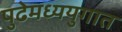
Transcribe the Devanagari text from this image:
पुढेमध्ययुगात